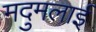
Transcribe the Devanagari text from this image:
मदुमलाई